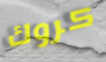
كروك